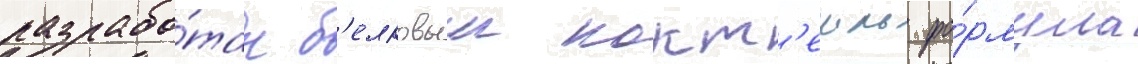
разрабо́тан б'елковыи кокт'еиль фо́рмула